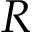
R